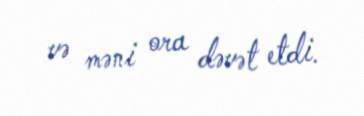
və məni ora dəvət etdi.